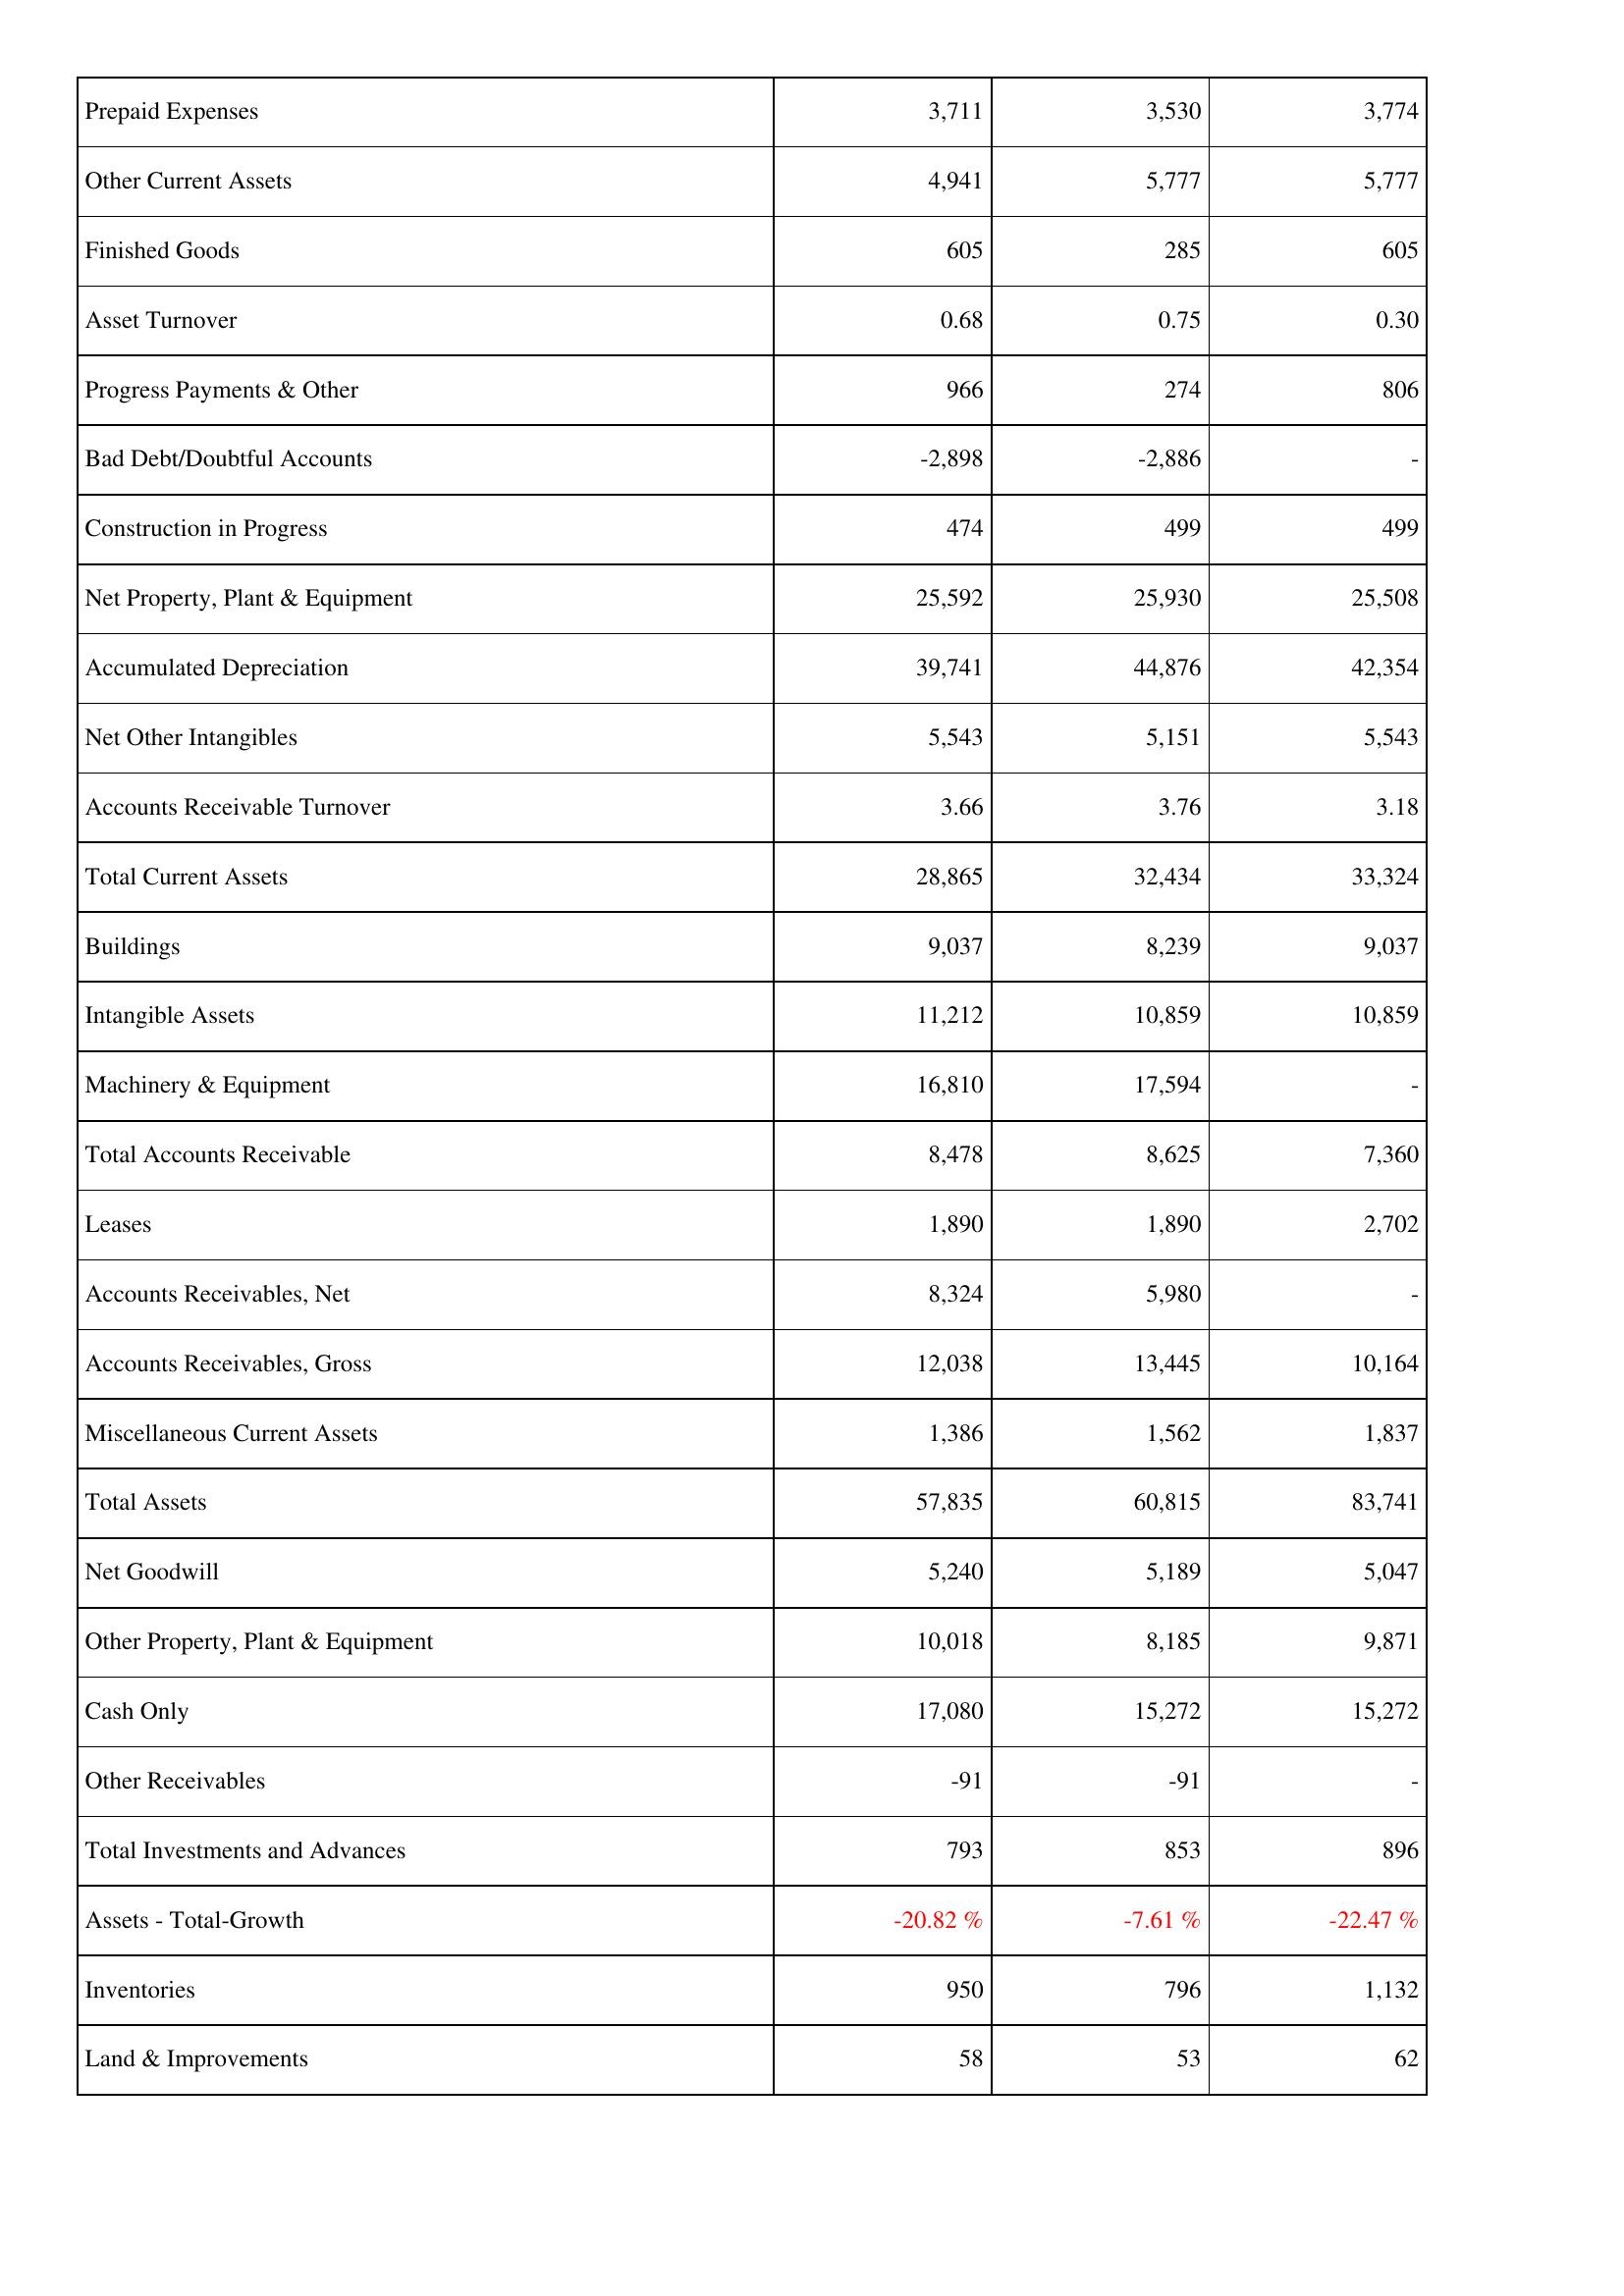
2018: Assets: Prepaid Expenses: 3,711
Other Current Assets: 4,941
Finished Goods: 605
Asset Turnover: 0.68
Progress Payments & Other: 966
Bad Debt/Doubtful Accounts: -2,898
Construction in Progress: 474
Net Property, Plant & Equipment: 25,592
Accumulated Depreciation: 39,741
Net Other Intangibles: 5,543
Accounts Receivable Turnover: 3.66
Total Current Assets: 28,865
Buildings: 9,037
Intangible Assets: 11,212
Machinery & Equipment: 16,810
Total Accounts Receivable: 8,478
Leases: 1,890
Accounts Receivables, Net: 8,324
Accounts Receivables, Gross: 12,038
Miscellaneous Current Assets: 1,386
Total Assets: 57,835
Net Goodwill: 5,240
Other Property, Plant & Equipment: 10,018
Cash Only: 17,080
Other Receivables: -91
Total Investments and Advances: 793
Assets - Total-Growth: -20.82 %
Inventories: 950
Land & Improvements: 58
2019: Assets: Prepaid Expenses: 3,530
Other Current Assets: 5,777
Finished Goods: 285
Asset Turnover: 0.75
Progress Payments & Other: 274
Bad Debt/Doubtful Accounts: -2,886
Construction in Progress: 499
Net Property, Plant & Equipment: 25,930
Accumulated Depreciation: 44,876
Net Other Intangibles: 5,151
Accounts Receivable Turnover: 3.76
Total Current Assets: 32,434
Buildings: 8,239
Intangible Assets: 10,859
Machinery & Equipment: 17,594
Total Accounts Receivable: 8,625
Leases: 1,890
Accounts Receivables, Net: 5,980
Accounts Receivables, Gross: 13,445
Miscellaneous Current Assets: 1,562
Total Assets: 60,815
Net Goodwill: 5,189
Other Property, Plant & Equipment: 8,185
Cash Only: 15,272
Other Receivables: -91
Total Investments and Advances: 853
Assets - Total-Growth: -7.61 %
Inventories: 796
Land & Improvements: 53
2020: Assets: Prepaid Expenses: 3,774
Other Current Assets: 5,777
Finished Goods: 605
Asset Turnover: 0.30
Progress Payments & Other: 806
Bad Debt/Doubtful Accounts: -
Construction in Progress: 499
Net Property, Plant & Equipment: 25,508
Accumulated Depreciation: 42,354
Net Other Intangibles: 5,543
Accounts Receivable Turnover: 3.18
Total Current Assets: 33,324
Buildings: 9,037
Intangible Assets: 10,859
Machinery & Equipment: -
Total Accounts Receivable: 7,360
Leases: 2,702
Accounts Receivables, Net: -
Accounts Receivables, Gross: 10,164
Miscellaneous Current Assets: 1,837
Total Assets: 83,741
Net Goodwill: 5,047
Other Property, Plant & Equipment: 9,871
Cash Only: 15,272
Other Receivables: -
Total Investments and Advances: 896
Assets - Total-Growth: -22.47 %
Inventories: 1,132
Land & Improvements: 62